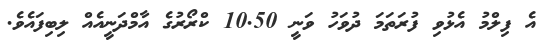
އެ ފިލްމު އެޅުވި ފުރަތަމަ ދުވަހު ވަނީ 10.50 ކްރޯރުގެ އާމްދަނީއެއް ލިބިފައެވެ.